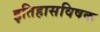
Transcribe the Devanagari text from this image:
इतिहासविषक